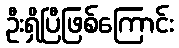
ဦးရှိပြီဖြစ်ကြောင်း